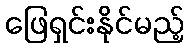
ဖြေရှင်းနိုင်မည့်